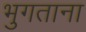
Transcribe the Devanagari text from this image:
भुगताना